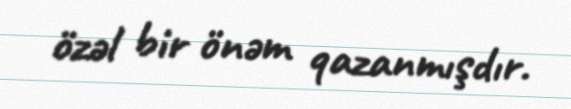
özəl bir önəm qazanmışdır.